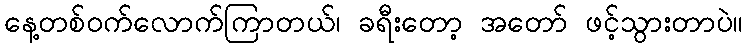
နေ့တစ်ဝက်လောက်ကြာတယ်၊ ခရီးတော့ အတော် ဖင့်သွားတာပဲ။